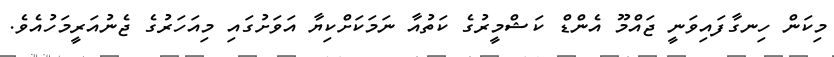
މިކަން ހިނގާފައިވަނީ ޖައްމޫ އެންޑް ކަޝްމީރުގެ ކަތުއާ ނަމަކަށްކިޔާ އަވަށުގައި މިއަހަރުގެ ޖެނުއަރީމަހުއެވެ.